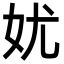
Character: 㚭